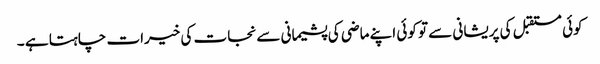
کوئی مستقبل کی پریشانی سے تو کوئی اپنے ماضی کی پشیمانی سے نجات کی خیرات چاہتا ہے ۔